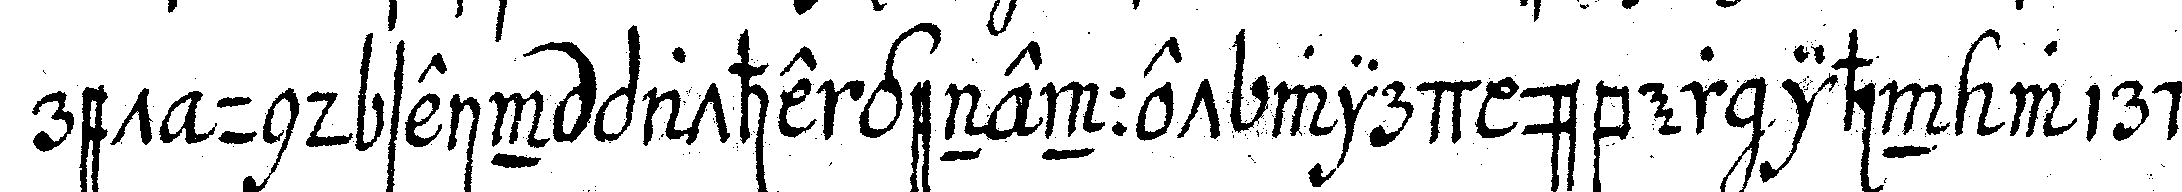
ret und sein pathe genennet wird über ihn wird